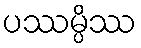
ပဿမ္ပိဿ